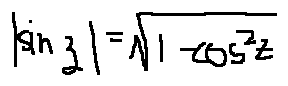
| \sin z | = \sqrt { 1 - \cos ^ { 2 } z }